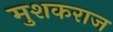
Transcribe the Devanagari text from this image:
मुशकराज